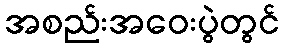
အစည်းအဝေးပွဲတွင်